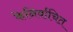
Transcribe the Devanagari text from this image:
केनिर्वाचित